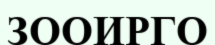
ЗООИРГО